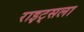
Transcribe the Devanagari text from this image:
राइट्सला